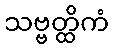
သဗ္ဗတ္ထိကံ